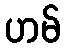
ဟမ်